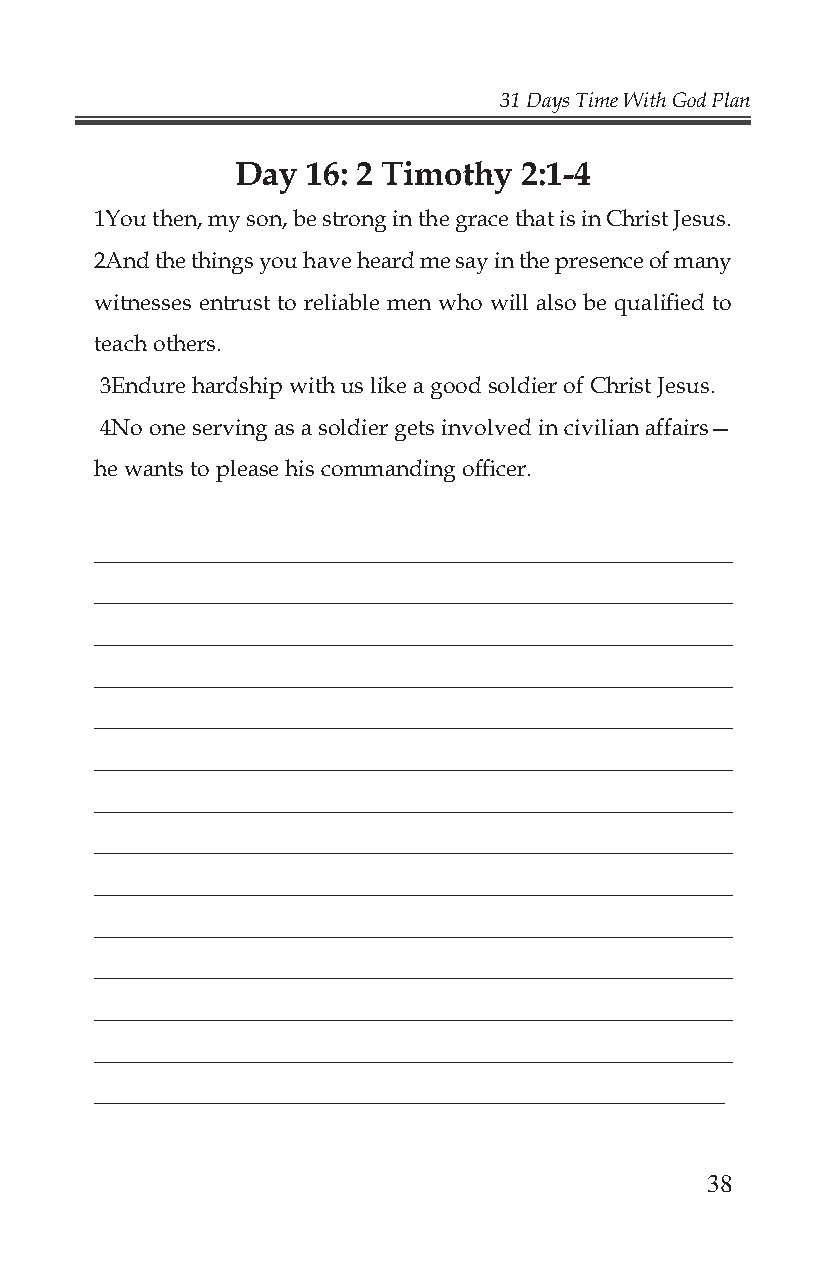
31 Days Time With God Plan
 Day 16: 2 Timothy 2:1-4
 1You then, my son, be strong in the grace that is in Christ Jesus.
 2And the things you have heard me say in the presence of many
 witnesses entrust to reliable men who will also be qualifi ed to
 teach others.
 3Endure hardship with us like a good soldier of Christ Jesus.
 4No one serving as a soldier gets involved in civilian affairs—
 he wants to please his commanding offi cer.
 _______________________________________________________
 _______________________________________________________
 _______________________________________________________
 _______________________________________________________
 _______________________________________________________
 _______________________________________________________
 _______________________________________________________
 _______________________________________________________
 _______________________________________________________
 _______________________________________________________
 _______________________________________________________
 _______________________________________________________
 _______________________________________________________
 _______________________________________________________
 38